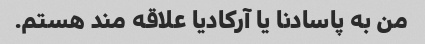
من به پاسادنا یا آرکادیا علاقه مند هستم.